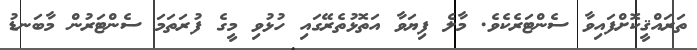
ތަރައްޤީކޮށްފައިވާ ސެންޓަރެކެވެ. މާލެ ފިޔަވާ އަތޮޅުތެރޭގައި ހުޅުވި މީގެ ފުރަތަމަ ސެންޓަރުން މާބަނޑު